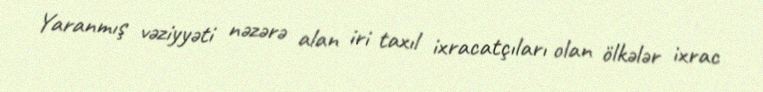
Yaranmış vəziyyəti nəzərə alan iri taxıl ixracatçıları olan ölkələr ixrac